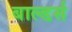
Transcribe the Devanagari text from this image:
बाल्डर्स